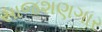
સાજશણગાર